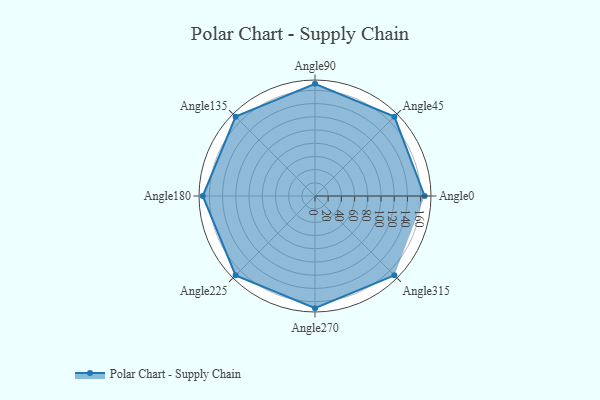
{"axis": {"x": "Angle", "y": "Radius"}, "legend": [""], "data": [{"x": "Angle0", "y": 166.0, "type": ""}, {"x": "Angle45", "y": 170, "type": ""}, {"x": "Angle90", "y": 170, "type": ""}, {"x": "Angle135", "y": 170, "type": ""}, {"x": "Angle180", "y": 170, "type": ""}, {"x": "Angle225", "y": 170.0, "type": ""}, {"x": "Angle270", "y": 170, "type": ""}, {"x": "Angle315", "y": 170, "type": ""}]}